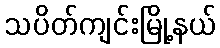
သပိတ်ကျင်းမြို့နယ်